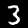
Digit: 3